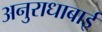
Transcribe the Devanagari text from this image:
अनुराधाबाई